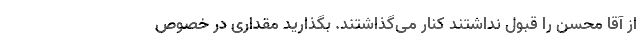
از آقا محسن را قبول نداشتند کنار می‌گذاشتند. بگذارید مقداری در خصوص